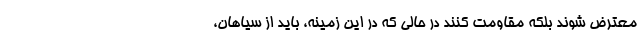
معترض شوند بلکه مقاومت کنند در حالی که در این زمینه، باید از سیاهان،